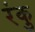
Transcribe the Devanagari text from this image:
रंकु